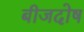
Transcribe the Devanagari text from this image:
बीजदोष